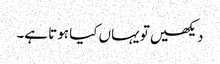
دیکھیں تو یہاں کیا ہوتا ہے۔